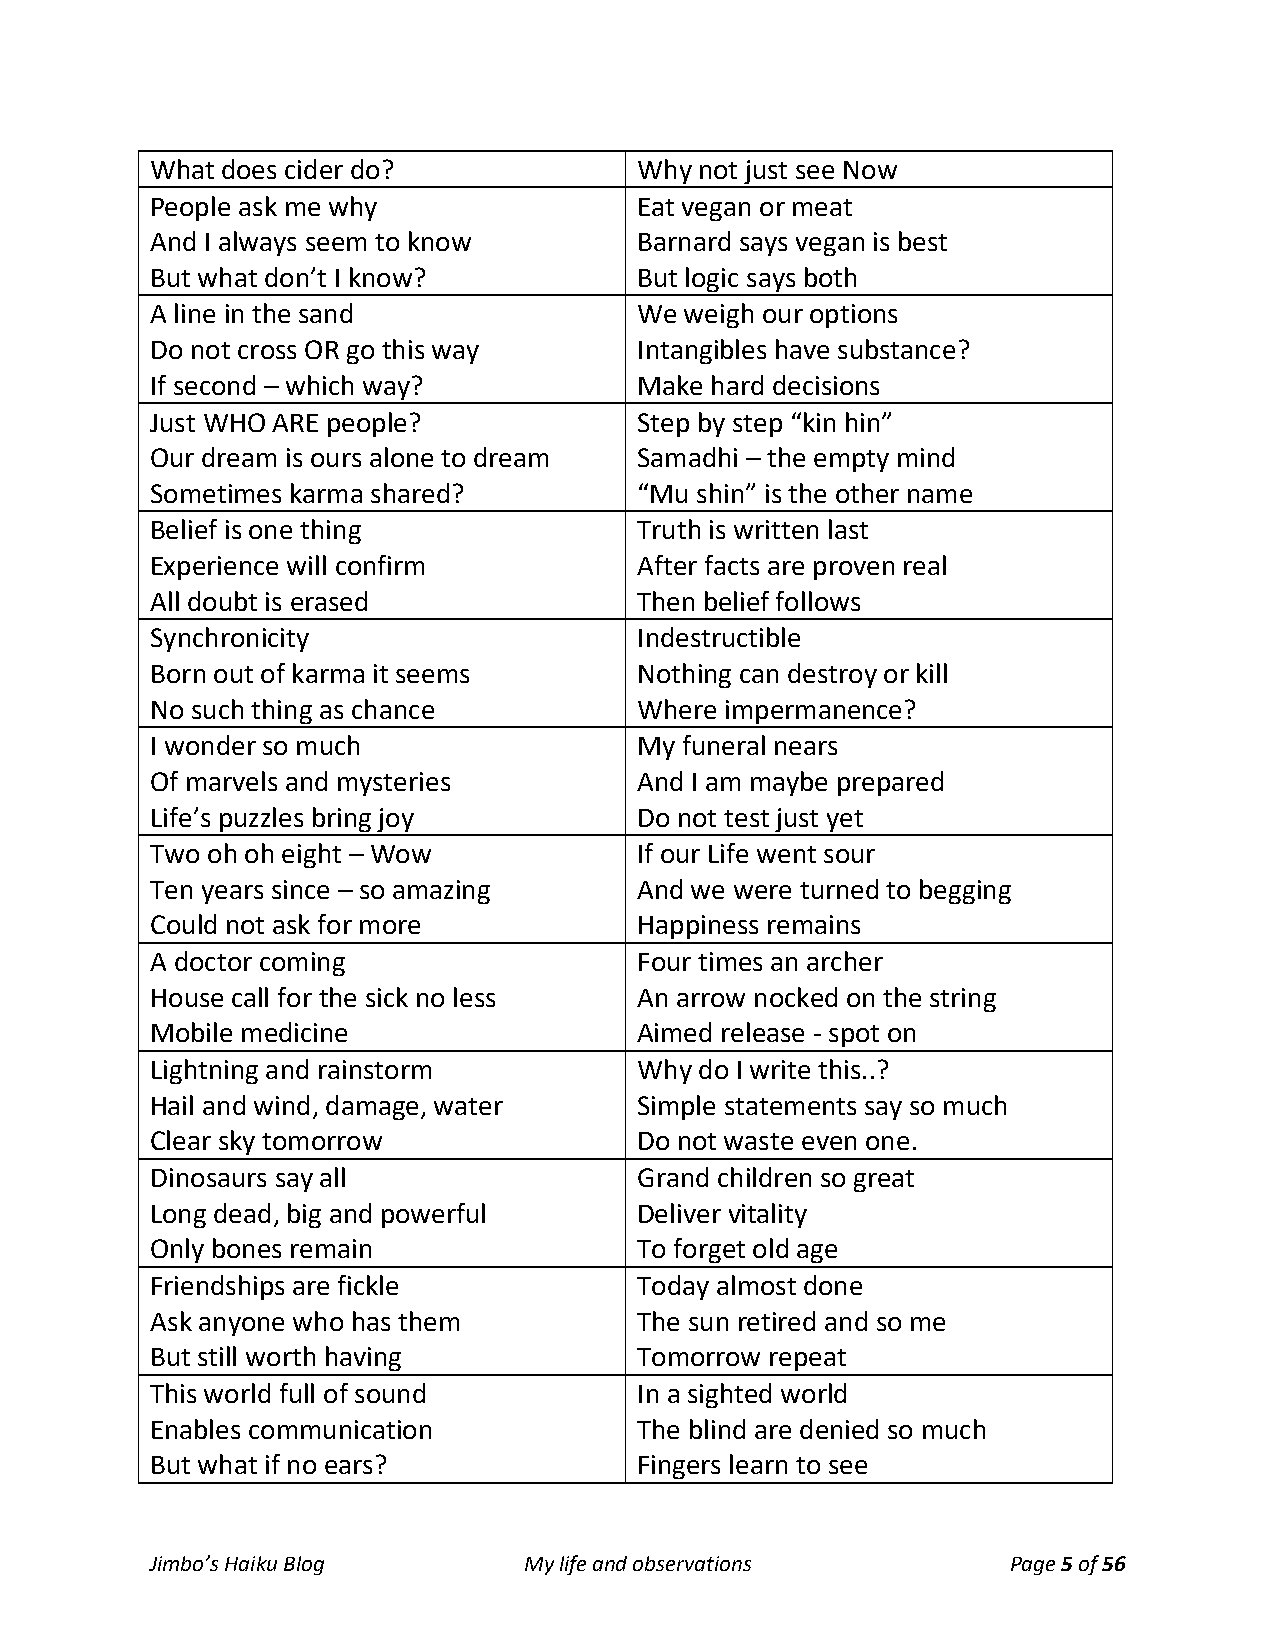
What does cider do?             Why not just see Now
 People ask me why               Eat vegan or meat
 And I always seem to know       Barnard says vegan is best
 But what don’t I know?          But logic says both
 A line in the sand              We weigh our options
 Do not cross OR go this way     Intangibles have substance?
 If second – which way?          Make hard decisions
 Just WHO ARE people?            Step by step “kin hin”
 Our dream is ours alone to dream Samadhi – the empty mind
 Sometimes karma shared?         “Mu shin” is the other name
 Belief is one thing             Truth is written last
 Experience will confirm         After facts are proven real
 All doubt is erased             Then belief follows
 Synchronicity                   Indestructible
 Born out of karma it seems      Nothing can destroy or kill
 No such thing as chance         Where impermanence?
 I wonder so much                My funeral nears
 Of marvels and mysteries        And I am maybe prepared
 Life’s puzzles bring joy        Do not test just yet
 Two oh oh eight – Wow           If our Life went sour
 Ten years since – so amazing    And we were turned to begging
 Could not ask for more          Happiness remains
 A doctor coming                 Four times an archer
 House call for the sick no less An arrow nocked on the string
 Mobile medicine                 Aimed release - spot on
 Lightning and rainstorm         Why do I write this..?
 Hail and wind, damage, water    Simple statements say so much
 Clear sky tomorrow              Do not waste even one.
 Dinosaurs say all               Grand children so great
 Long dead, big and powerful     Deliver vitality
 Only bones remain               To forget old age
 Friendships are fickle          Today almost done
 Ask anyone who has them         The sun retired and so me
 But still worth having          Tomorrow repeat
 This world full of sound        In a sighted world
 Enables communication           The blind are denied so much
 But what if no ears?            Fingers learn to see
 Jimbo’s Haiku Blog       My life and observations        Page 5 of 56